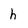
Character: h